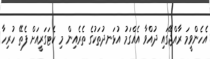
އެހެންވީމަ ރާއްޖޭގައި ދުއްވާ އެއްގަމު އުޅަނދުތަކުގެ ތެރެއިން މި ކެޓަގަރީއަށް ފެތޭ ހުރިހާ